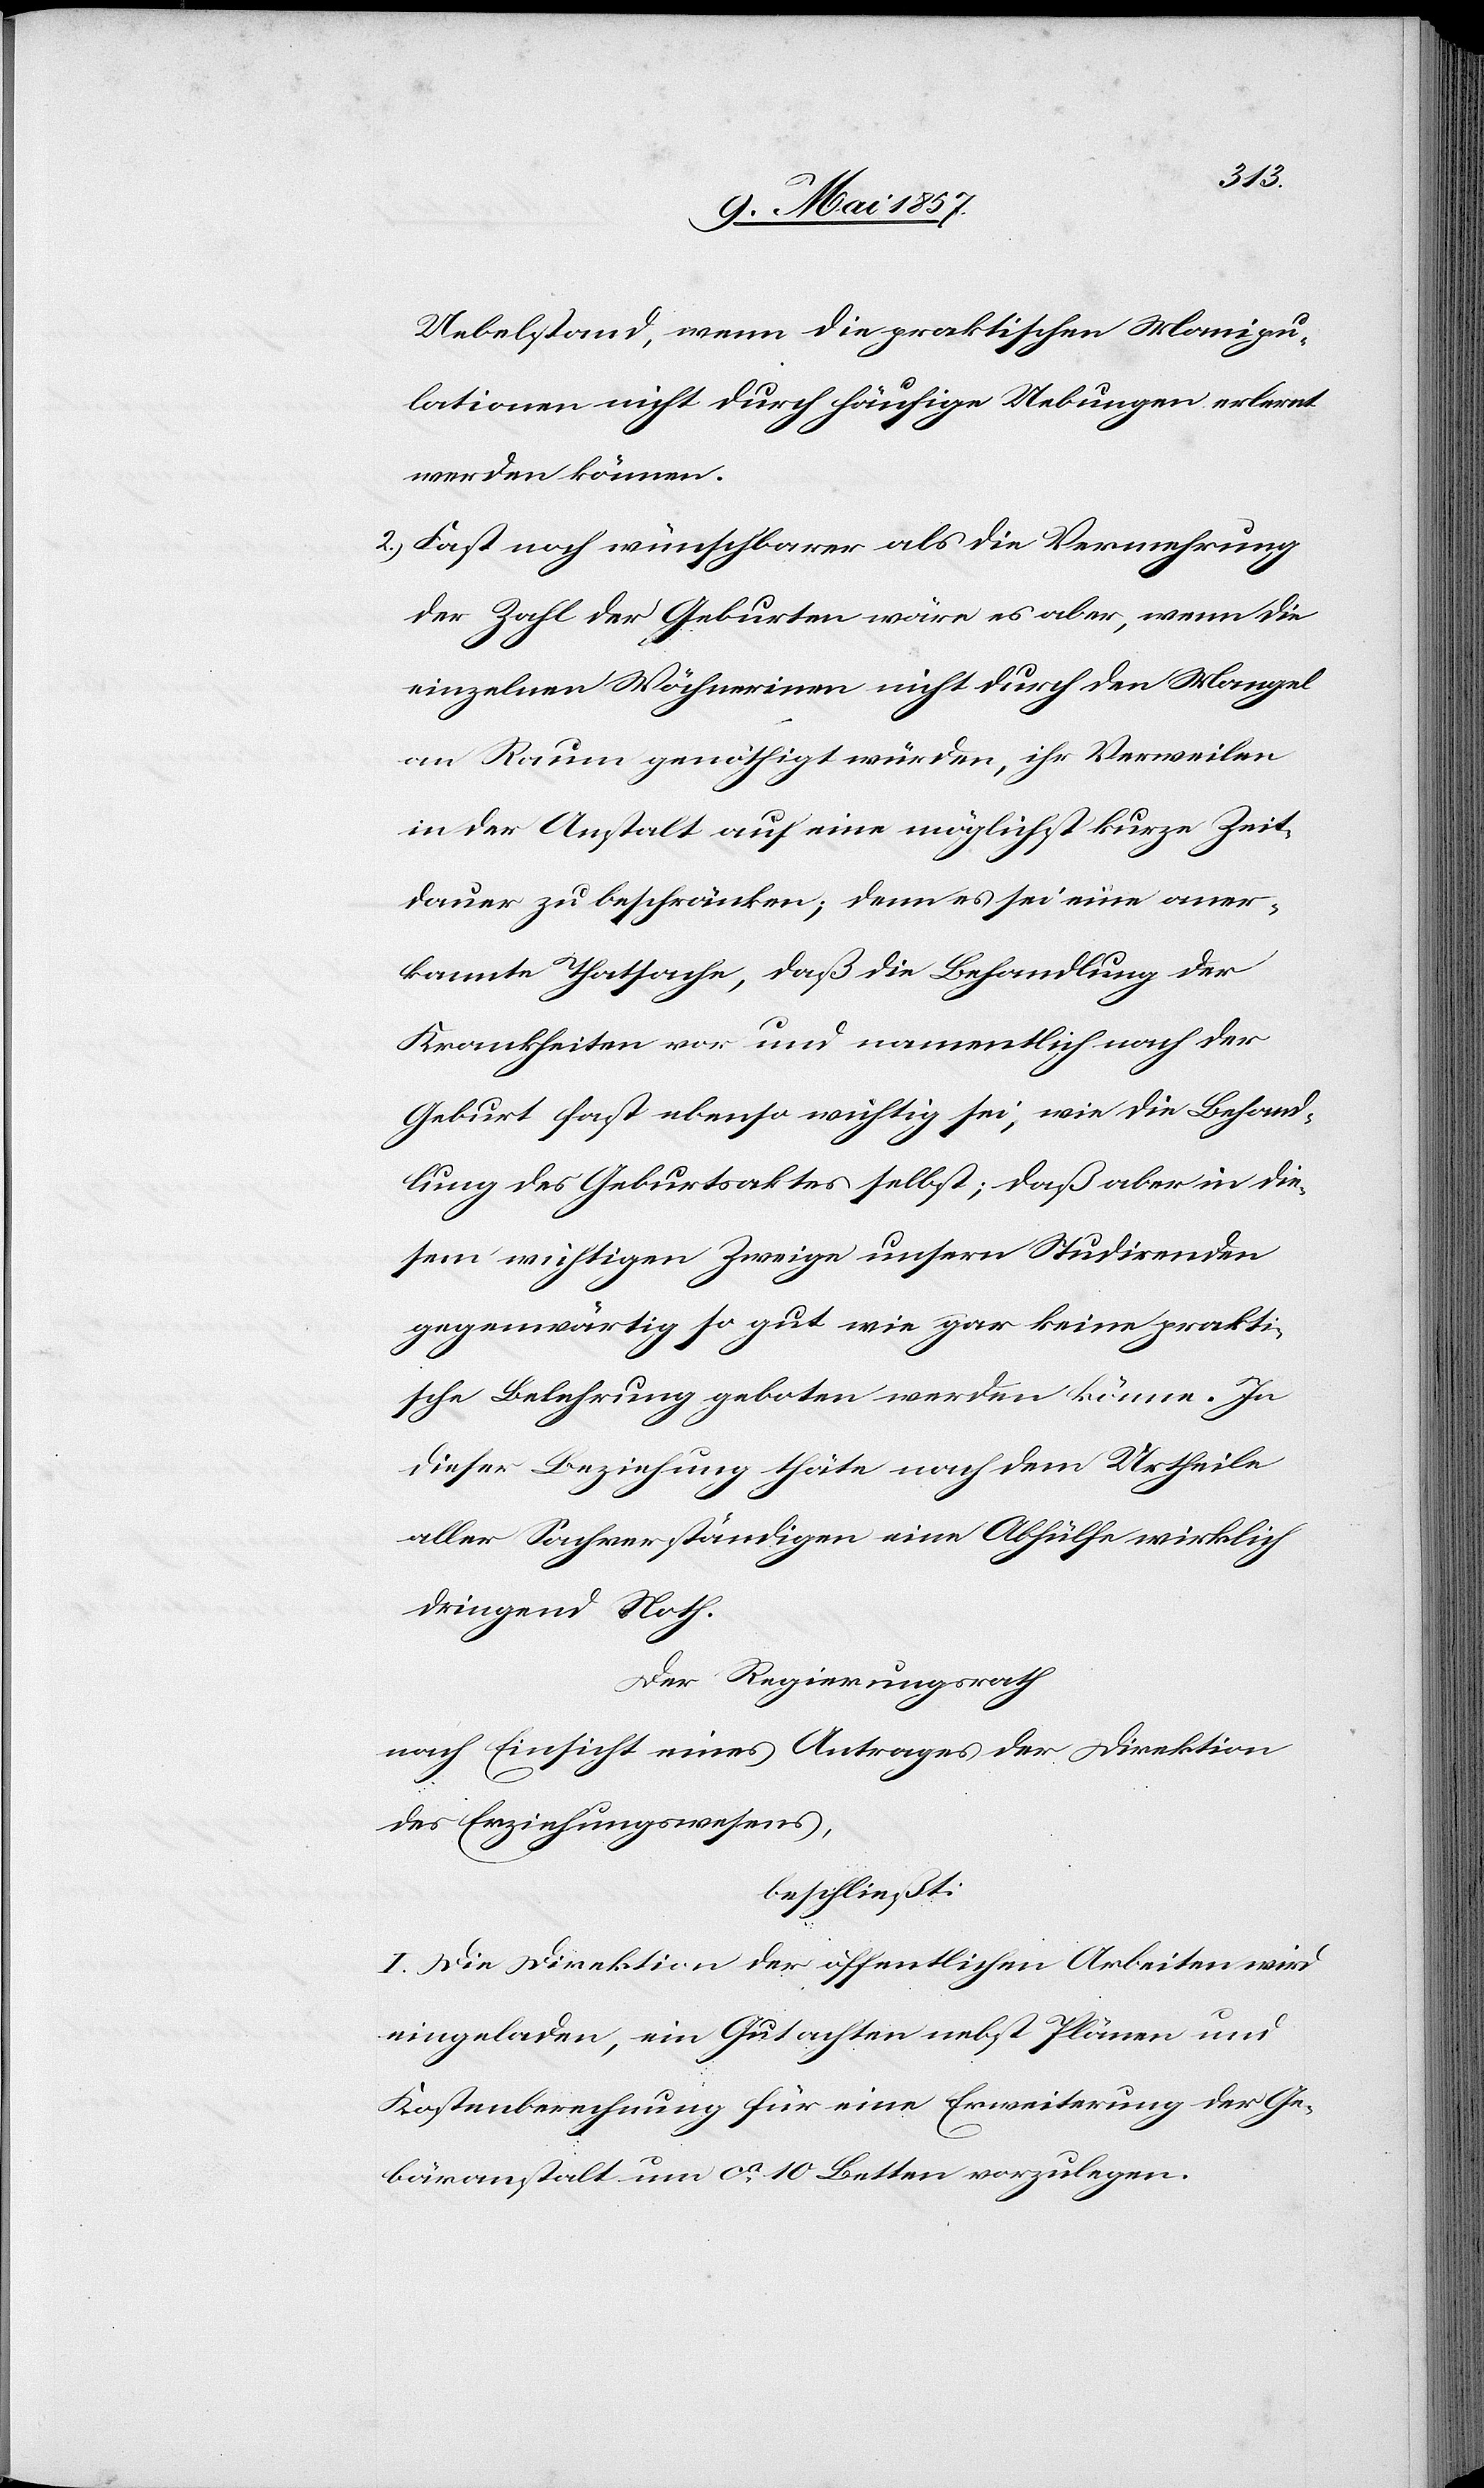
Uebelstand, wenn die praktischen Manipu¬
lationen nicht durch häufige Uebungen erlernt
werden können.
2.) Fast noch wünschbarer als die Vermehrung
der Zahl der Geburten wäre es aber, wenn die
einzelnen Wöchnerinen nicht durch den Mangel
an Raum genöthigt würden, ihr Verweilen
in der Anstalt auf eine möglichst kurze Zeit¬
dauer zu beschränken; denn es sei eine aner¬
kannte Thatsache, daß die Behandlung der
Krankheiten vor und namentlich nach der
Geburt fast ebenso wichtig sei, wie die Behand¬
lung des Geburtsaktes selbst; daß aber in die¬
sem wichtigen Zweige unsern Studirenden
gegenwärtig so gut wie gar keine prakti¬
sche Belehrung geboten werden könne. In
dieser Beziehung thäte nach dem Urtheile
aller Sachverständigen eine Abhülfe wirklich
dringend Noth.
Der Regierungsrath
nach Einsicht eines Antrages der Direktion
des Erziehungswesens,
beschließt:
I. Die Direktion der öffentlichen Arbeiten wird
eingeladen, ein Gutachten nebst Plänen und
Kostenberechnung für eine Erweiterung der Ge¬
bäranstalt um ca 10 Betten vorzulegen.